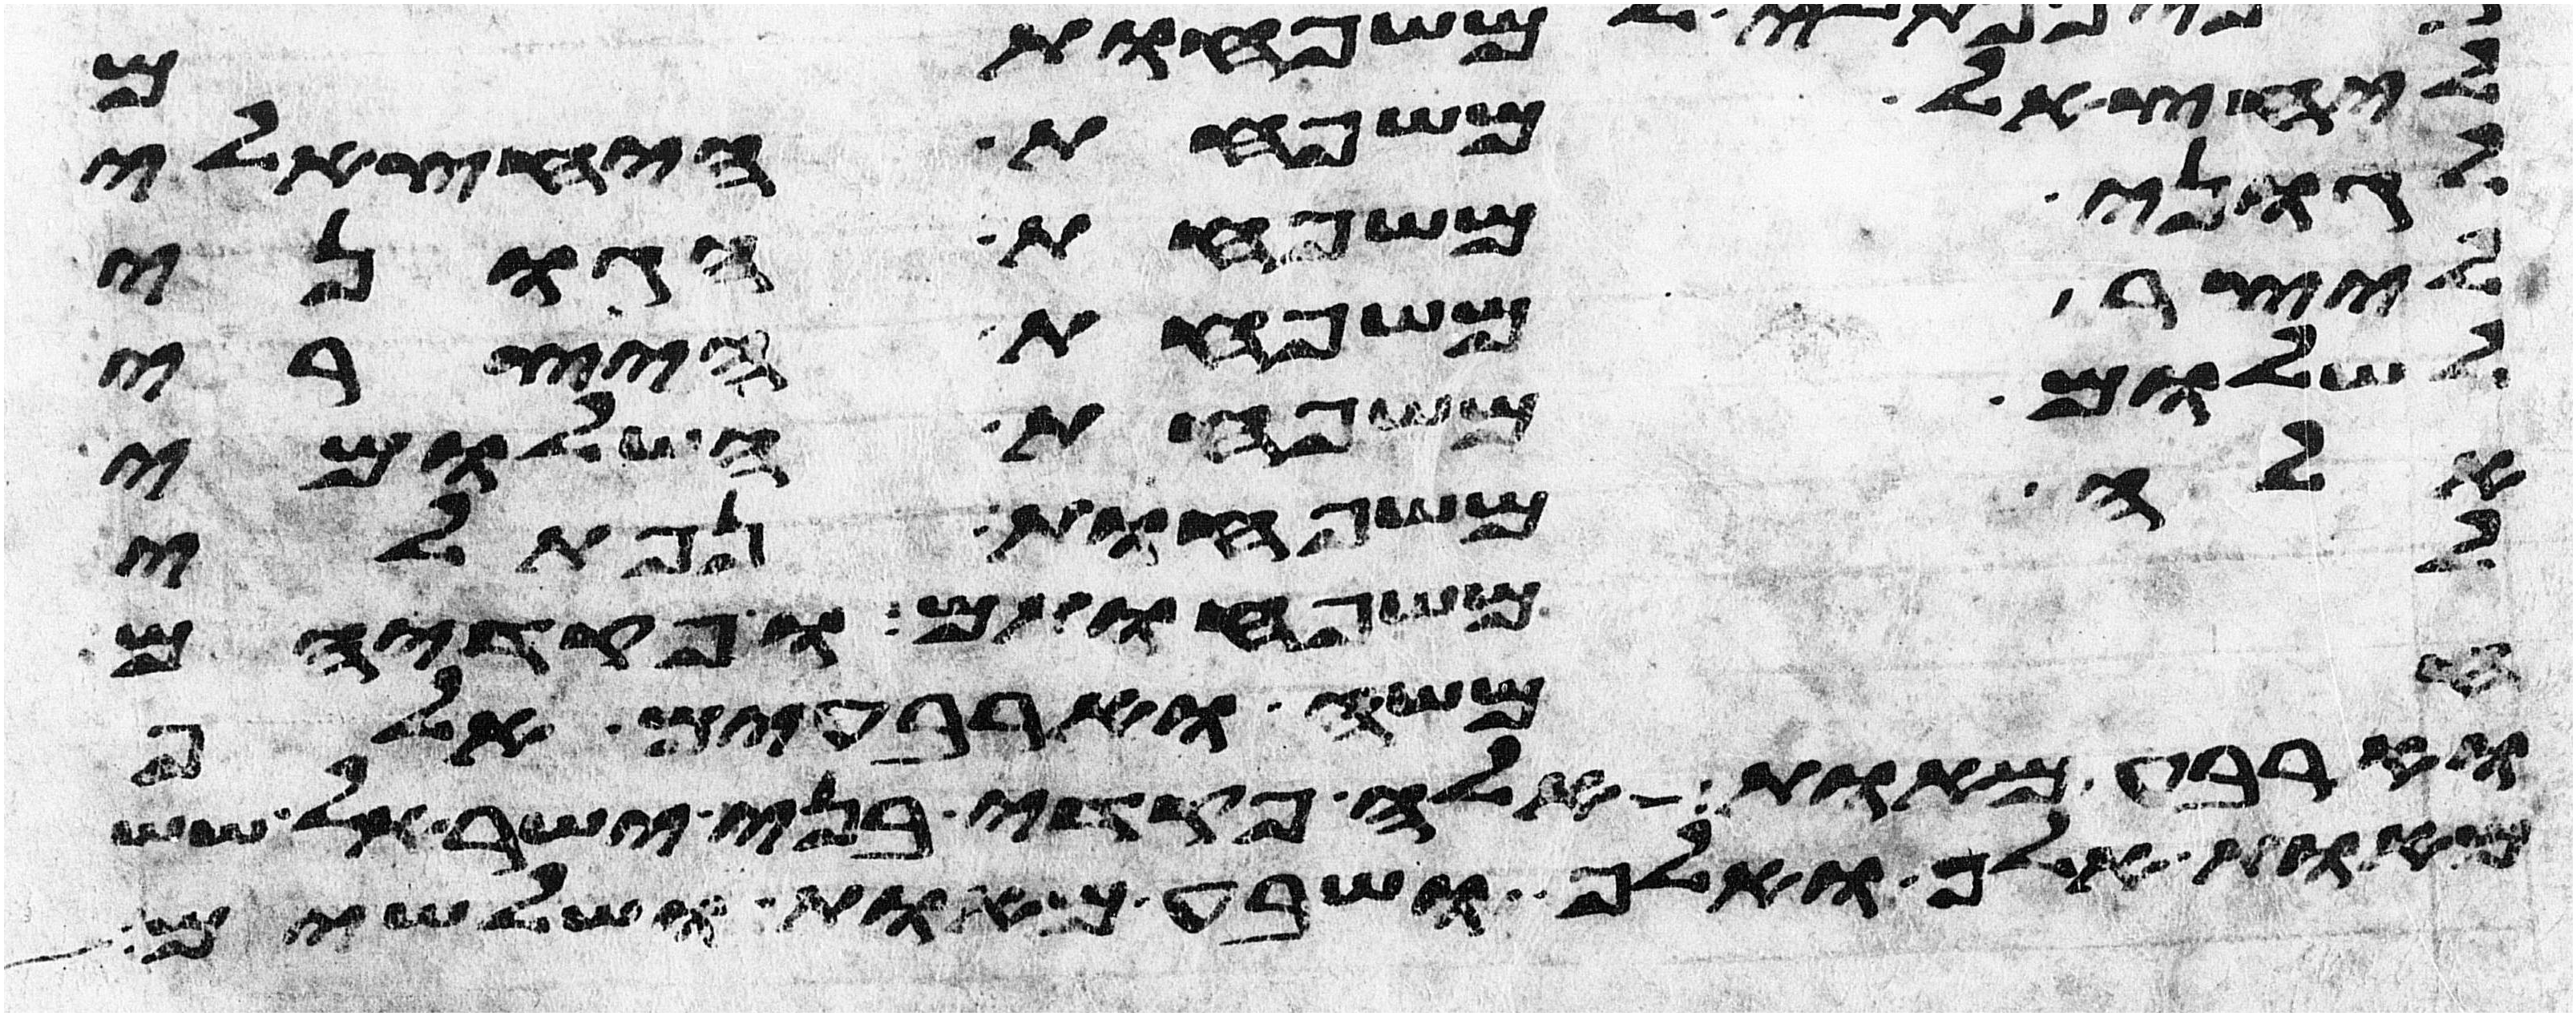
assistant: ליחצאל משפחת היחצאלי
לגוני משפחת הגוני
ליצר משפחת היצרי
לשלום משפחת השלומי
אלה משפחות נפתלי
למשפחותם ופקדיהם
חמשה וארבעים אלף
וארבע מאות אלה פקדי בני ישראל שש
מאות אלף ואלף ושבע מאות ושלשים